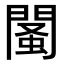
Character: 𨵕